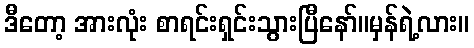
ဒီတော့ အားလုံး စာရင်းရှင်းသွားပြီနော်။မှန်ရဲ့လား။